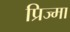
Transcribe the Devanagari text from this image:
प्रिज्मा